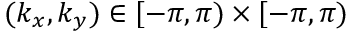
( k _ { x } , k _ { y } ) \in [ - \pi , \pi ) \times [ - \pi , \pi )